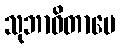
သုဘာဝိတာပေ